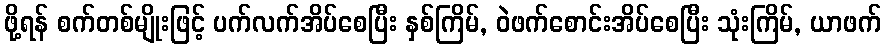
ဖို့ရန် စက်တစ်မျိုးဖြင့် ပက်လက်အိပ်စေပြီး နှစ်ကြိမ်, ဝဲဖက်စောင်းအိပ်စေပြီး သုံးကြိမ်, ယာဖက်